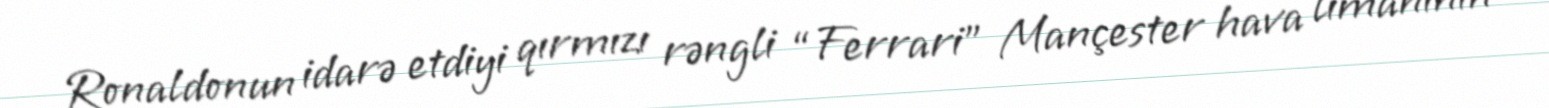
Ronaldonun idarə etdiyi qırmızı rəngli “Ferrari” Mançester hava limanının